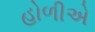
હોળીએ